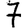
Digit: 7